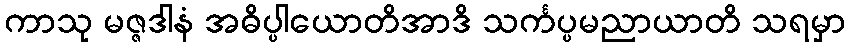
ကာသု မဇ္ဇဒါနံ အဓိပ္ပါယောတိအာဒိ သင်္ကပ္ပမညာယာတိ သရမှာ